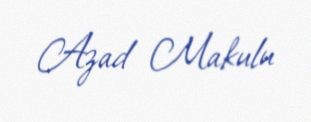
Azad Makulu